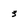
Character: 3